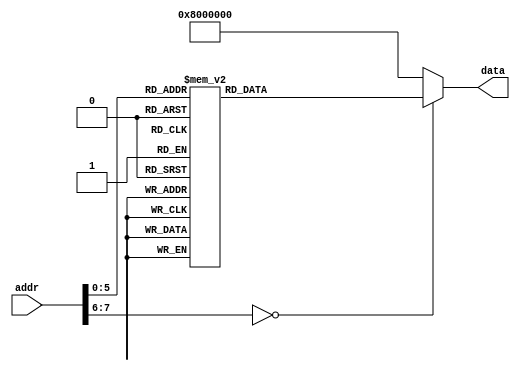
module ROM (addr,data);
input [31:0] addr;
output [31:0] data;
reg [31:0] data;
localparam ROM_SIZE = 32;
reg [31:0] ROM_DATA[ROM_SIZE-1:0];

always@(*)
	case(addr[7:0])
	  

	  
	  //add test
	  /*
	  0: data<= 32'b00001000000000000000000000000011;
1: data<= 32'b00001000000000000000000000010111;
2: data<= 32'b00001000000000000000000000011011;
3: data<= 32'b00111100000100000100000000000000;
4: data<= 32'b00111100000110001111111111111111;
5: data<= 32'b00100111000110001111111100000000;
6: data<= 32'b00111100000110011111111111111111;
7: data<= 32'b00100111001110011111111100000000;
8: data<= 32'b10101110000000000000000000001000;
9: data<= 32'b10101110000110000000000000000000;
10: data<= 32'b10101110000110010000000000000100;
11: data<= 32'b00100100000010000000000000000011;
12: data<= 32'b10101110000010000000000000001000;
13: data<= 32'b10001110000110000000000000010000;
14: data<= 32'b00000000000110000010000100000010;
15: data<= 32'b00000000000110000111111100000000;
16: data<= 32'b00000000000011110010111100000010;
17: data<= 32'b10101110000110000000000000001100;
18: data<= 32'b00000000100000000101100000100000;
19: data<= 32'b00000000101000000110000000100000;
20: data<= 32'b00000001100010110001000000100000;
21: data<= 32'b00000000000000000000000000100000;
22: data<= 32'b00001000000000000000000000010101;
23: data<= 32'b10101110000000100000000000010100;
24: data<= 32'b00100100000010000000000000000011;
25: data<= 32'b10101110000010000000000000001000;
26: data<= 32'b00000000000000000000000000001000;
27: data<= 32'b00000000000000000000000000100000;
*/
	  
	 0: data<= 32'b00001000000000000000000000000011;
1: data<= 32'b00001000000000000000000000011111;
2: data<= 32'b00001000000000000000000000100011;
3: data<= 32'b00111100000100000100000000000000;
4: data<= 32'b00111100000110001111111111111111;
5: data<= 32'b00100111000110001111111100000000;
6: data<= 32'b00111100000110011111111111111111;
7: data<= 32'b00100111001110011111111100000000;
8: data<= 32'b10101110000000000000000000001000;
9: data<= 32'b10101110000110000000000000000000;
10: data<= 32'b10101110000110010000000000000100;
11: data<= 32'b00100100000010000000000000000011;
12: data<= 32'b10101110000010000000000000001000;
13: data<= 32'b10001110000110000000000000010000;
14: data<= 32'b00000000000110000010000100000010;
15: data<= 32'b00000000000110000111111100000000;
16: data<= 32'b00000000000011110010111100000010;
17: data<= 32'b10101110000110000000000000001100;
18: data<= 32'b00000000100000000101100000100000;
19: data<= 32'b00000000101000000110000000100000;
20: data<= 32'b00000001011011000101000000100010;
21: data<= 32'b00011001010000000000000000000010;
22: data<= 32'b00000001010000000101100000100000;
23: data<= 32'b00001000000000000000000000010100;
24: data<= 32'b00010001011011000000000000000011;
25: data<= 32'b00000001100010110100100000100010;
26: data<= 32'b00000001001000000110000000100000;
27: data<= 32'b00001000000000000000000000010100;
28: data<= 32'b00000001100000000001000000100000;
29: data<= 32'b00000000000000000000000000100000;
30: data<= 32'b00001000000000000000000000011101;
31: data<= 32'b10101110000000100000000000010100;
32: data<= 32'b00100100000010000000000000000011;
33: data<= 32'b10101110000010000000000000001000;
34: data<= 32'b00000000000000000000000000001000;
35: data<= 32'b00000000000000000000000000100000;

	 

		default:	data <= 32'h0800_0000;
	endcase
endmodule